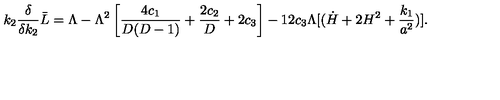
k _ { 2 } { \frac { \delta } { \delta k _ { 2 } } } \bar { L } = \Lambda - \Lambda ^ { 2 } \left[ { \frac { 4 c _ { 1 } } { D ( D - 1 ) } } + { \frac { 2 c _ { 2 } } { D } } + 2 c _ { 3 } \right] - 1 2 c _ { 3 } \Lambda [ ( \dot { H } + 2 H ^ { 2 } + { \frac { k _ { 1 } } { a ^ { 2 } } } ) ] .